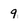
Character: 9